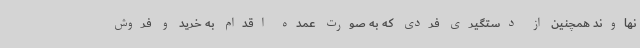
نهاوند همچنین از دستگیری فردی که به صورت عمده اقدام به خرید و فروش